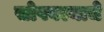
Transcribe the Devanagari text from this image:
सोपवल्याचे